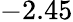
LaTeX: -2.45